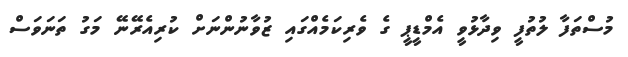
މުސްތަފާ ލުތުފީ ވިދާޅުވީ އެމްޑީޕީ ގެ ވެރިކަމެއްގައި ޒުވާނުންނަށް ކުރިއެރޭނޭ މަގު ތަނަވަސް